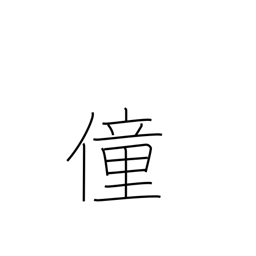
Meaning: foolishness